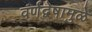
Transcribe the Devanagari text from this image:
वर्णद्वेषामुळे